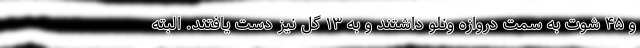
و ۴۵ شوت به سمت دروازه ونلو داشتند و به ۱۳ گل نیز دست یافتند. البته